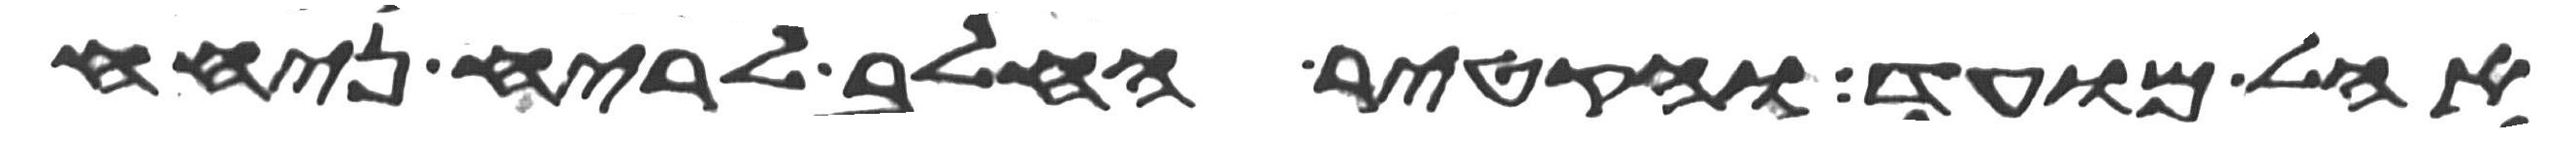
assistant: אהל מועד והקטיר החלב לריח ניחח